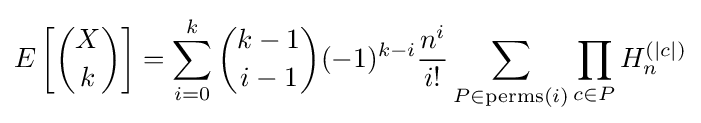
E\left[{X \choose k}\right]=\sum _{i=0}^{k}{k-1 \choose i-1}(-1)^{k-i}{\frac {n^{i}}{i!}}\sum _{P\in \mathrm {perms} (i)}\prod _{c\in P}H_{n}^{(|c|)}